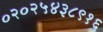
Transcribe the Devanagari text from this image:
०२०२५४३८९१६